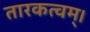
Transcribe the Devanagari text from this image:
तारकत्वम्।